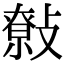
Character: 𢿞